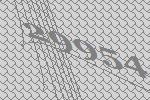
29954